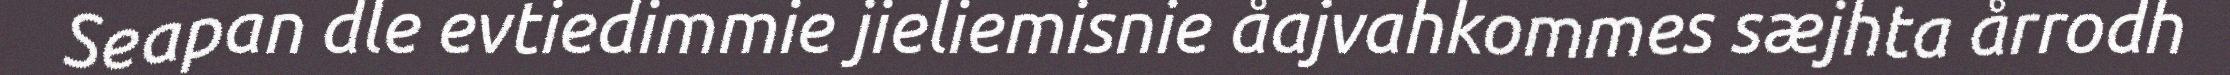
Seapan dle evtiedimmie jieliemisnie åajvahkommes sæjhta årrodh